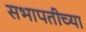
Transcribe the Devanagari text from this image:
सभापतीच्या